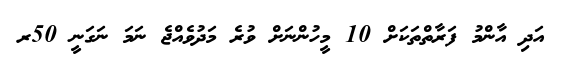
އަދި އާންމު ފަރާތްތަކަށް 10 މީހުންނަށް ވުރެ މަދުވެއްޖެ ނަމަ ނަގަނީ 50ރ